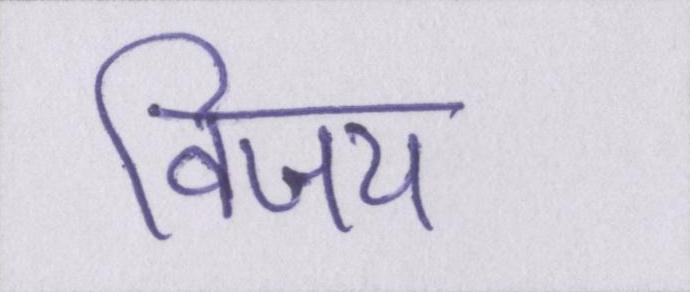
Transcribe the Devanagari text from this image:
विजय